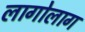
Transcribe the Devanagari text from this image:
लागोलाग